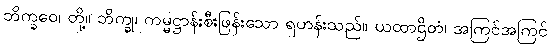
ဘိက္ခဝေ၊ တို့။ ဘိက္ခု၊ ကမ္မဋ္ဌာန်းစီးဖြန်းသော ရဟန်းသည်။ ယထာဌိတံ၊ အကြင်အကြင်